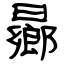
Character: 曏